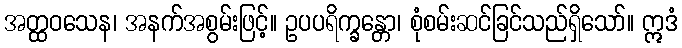
အတ္ထဝသေန၊ အနက်အစွမ်းဖြင့်။ ဥပပရိက္ခန္တော၊ စုံစမ်းဆင်ခြင်သည်ရှိသော်။ ဣဒံ